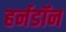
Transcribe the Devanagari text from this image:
हर्नडॉन